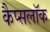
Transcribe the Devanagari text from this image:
कैप्सलॉक